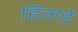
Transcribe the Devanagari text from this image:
हिंगडे